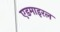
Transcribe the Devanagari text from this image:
एडमाइरल